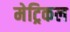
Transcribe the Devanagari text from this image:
मेट्रिकल